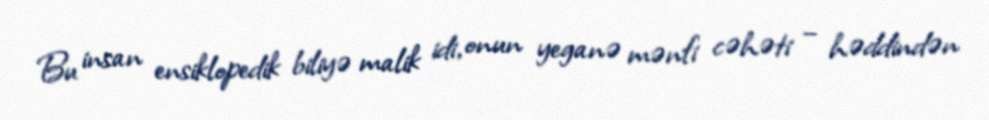
Bu insan ensiklopedik biliyə malik idi, onun yeganə mənfi cəhəti – həddindən